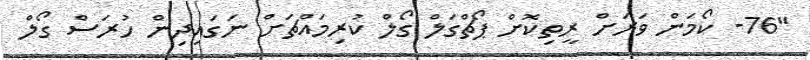
"76- ކޯމަން ވަރަށް ރީތިކޮށް ޕޯޗްގަލް ގޯލް ކުރިމައްޗަށް ނަގައިދިން ހުރަސް ގޯލް